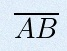
\overline{AB}